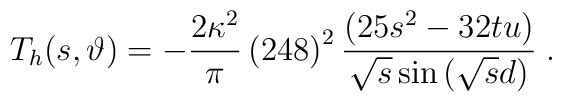
T_h (s, \vartheta)          = -\frac{2\kappa^2}{\pi}             \left(248\right)^2             \frac{ \left( 25 s^2 - 32tu \right) }                  { \sqrt{s}\sin\left(\sqrt{s}d\right)}                                      \; .